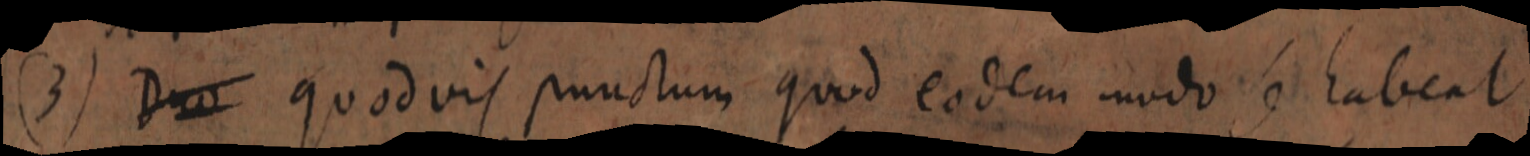
(3) Duo quodvis punctum quod eodem modo se habent